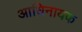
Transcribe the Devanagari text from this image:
आधिनायक